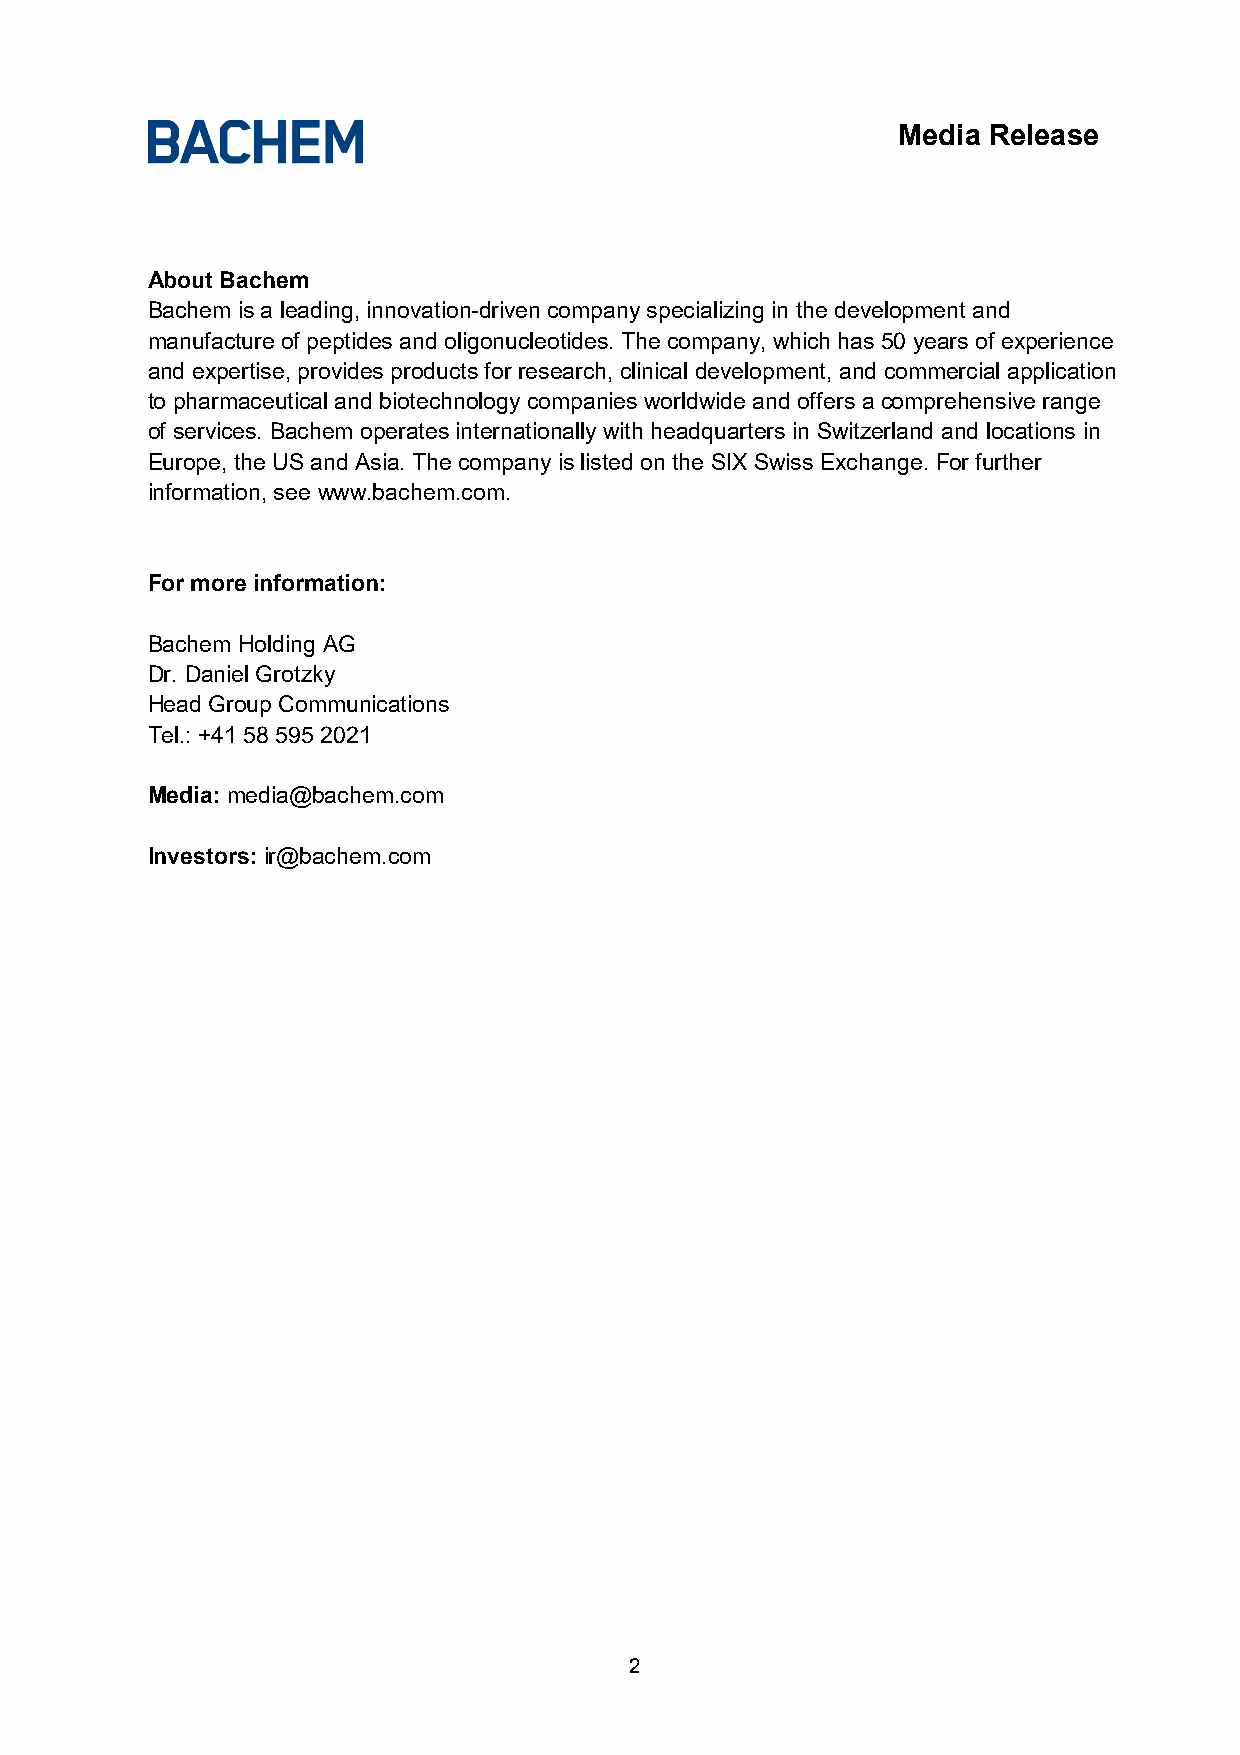
Media Release
 About Bachem
 Bachem is a leading, innovation-driven company specializing in the development and
 manufacture of peptides and oligonucleotides. The company, which has 50 years of experience
 and expertise, provides products for research, clinical development, and commercial application
 to pharmaceutical and biotechnology companies worldwide and offers a comprehensive range
 of services. Bachem operates internationally with headquarters in Switzerland and locations in
 Europe, the US and Asia. The company is listed on the SIX Swiss Exchange. For further
 information, see www.bachem.com.
 For more information:
 Bachem Holding AG
 Dr. Daniel Grotzky
 Head Group Communications
 Tel.: +41 58 595 2021
 Media: media@bachem.com
 Investors: ir@bachem.com
 2